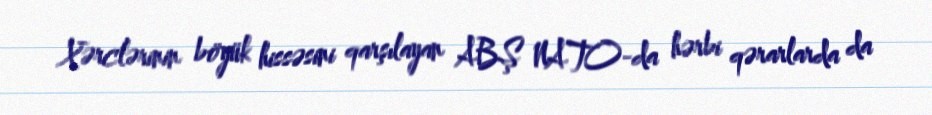
Xərclərinin böyük hissəsini qarşılayan ABŞ NATO-da hərbi qərarlarda da